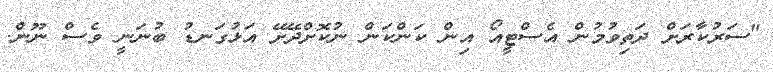
"ސަރުކާރަށް ދަތިވުމުން އެސްޓީއޯ އިން ކަންކަން ނުކޮށްދޭށޭ އަޅުގަނޑު ބުނަނީ ވެސް ނޫން.